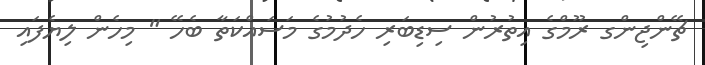
ޗޭންޖިންގ ރޫމްގެ އިތުރުން ސިޑިބަރި ހެދުމުގެ މަސައްކަތާ ބެހޭ " މިހެން ލިޔެފައި